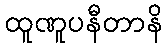
ထူဏူပနီတာနိ